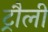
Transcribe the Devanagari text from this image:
ट्रौली